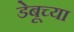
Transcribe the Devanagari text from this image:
डेबूच्या